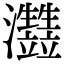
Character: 𤅏